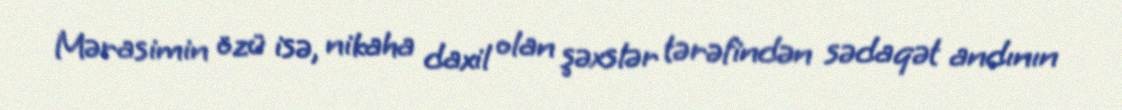
Mərasimin özü isə, nikaha daxil olan şəxslər tərəfindən sədaqət andının